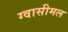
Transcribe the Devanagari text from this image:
ग्वासीमल